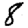
Digit: 8